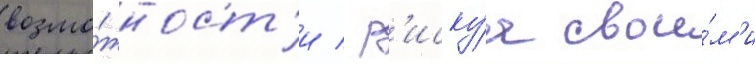
возмо́жност'и / р'иску́я свои́м'и